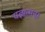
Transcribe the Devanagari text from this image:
यज्ञात्मन्‌।